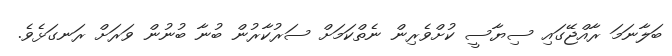
ބަލާނަމަ ރާއްޖޭގައި ސިޔާސީ ކުށްވެރިން ނެތްކަމަށް ސަރުކާރުން ބުނާ ބުނުން ވަރަށް ރަނގަޅެވެ.